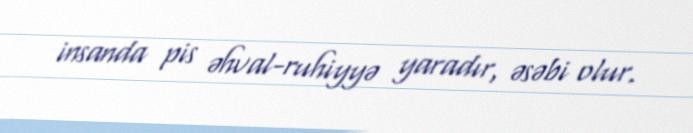
insanda pis əhval-ruhiyyə yaradır, əsəbi olur.